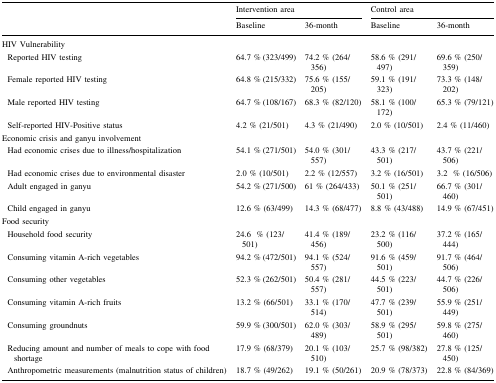
<table><thead><tr><td rowspan="2"></td><td colspan="2"><b>Intervention area</b></td><td colspan="2"><b>Control area</b></td></tr><tr><td><b>Baseline</b></td><td><b>36-month</b></td><td><b>Baseline</b></td><td><b>36-month</b></td></tr></thead><tbody><tr><td>HIV Vulnerability</td><td></td><td></td><td></td><td></td></tr><tr><td> Reported HIV testing</td><td>64.7 % (323/499)</td><td>74.2 % (264/356)</td><td>58.6 % (291/497)</td><td>69.6 % (250/359)</td></tr><tr><td> Female reported HIV testing</td><td>64.8 % (215/332)</td><td>75.6 % (155/205)</td><td>59.1 % (191/323)</td><td>73.3 % (148/202)</td></tr><tr><td> Male reported HIV testing</td><td>64.7 % (108/167)</td><td>68.3 % (82/120)</td><td>58.1 % (100/172)</td><td>65.3 % (79/121)</td></tr><tr><td> Self-reported HIV-Positive status</td><td>4.2 % (21/501)</td><td>4.3 % (21/490)</td><td>2.0 % (10/501)</td><td>2.4 % (11/460)</td></tr><tr><td>Economic crisis and ganyu involvement</td><td></td><td></td><td></td><td></td></tr><tr><td> Had economic crises due to illness/hospitalization</td><td>54.1 % (271/501)</td><td>54.0 % (301/557)</td><td>43.3 % (217/501)</td><td>43.7 % (221/506)</td></tr><tr><td> Had economic crises due to environmental disaster</td><td>2.0 % (10/501)</td><td>2.2 % (12/557)</td><td>3.2 % (16/501)</td><td>3.2% (16/506)</td></tr><tr><td> Adult engaged in ganyu</td><td>54.2 % (271/500)</td><td>61 % (264/433)</td><td>50.1 % (251/501)</td><td>66.7 % (301/460)</td></tr><tr><td> Child engaged in ganyu</td><td>12.6 % (63/499)</td><td>14.3 % (68/477)</td><td>8.8 % (43/488)</td><td>14.9 % (67/451)</td></tr><tr><td>Food security</td><td></td><td></td><td></td><td></td></tr><tr><td> Household food security</td><td>24.6% (123/501)</td><td>41.4 % (189/456)</td><td>23.2 % (116/500)</td><td>37.2 % (165/444)</td></tr><tr><td> Consuming vitamin A-rich vegetables</td><td>94.2 % (472/501)</td><td>94.1 % (524/557)</td><td>91.6 % (459/501)</td><td>91.7 % (464/506)</td></tr><tr><td> Consuming other vegetables</td><td>52.3 % (262/501)</td><td>50.4 % (281/557)</td><td>44.5 % (223/501)</td><td>44.7 % (226/506)</td></tr><tr><td> Consuming vitamin A-rich fruits</td><td>13.2 % (66/501)</td><td>33.1 % (170/514)</td><td>47.7 % (239/501)</td><td>55.9 % (251/449)</td></tr><tr><td> Consuming groundnuts</td><td>59.9 % (300/501)</td><td>62.0 % (303/489)</td><td>58.9 % (295/501)</td><td>59.8 % (275/460)</td></tr><tr><td> Reducing amount and number of meals to cope with food shortage</td><td>17.9 % (68/379)</td><td>20.1 % (103/510)</td><td>25.7 % (98/382)</td><td>27.8 % (125/450)</td></tr><tr><td> Anthropometric measurements (malnutrition status of children)</td><td>18.7 % (49/262)</td><td>19.1 % (50/261)</td><td>20.9 % (78/373)</td><td>22.8 % (84/369)</td></tr></tbody></table>